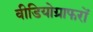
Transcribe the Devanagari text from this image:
वीडियोग्राफरों